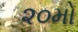
૨૦મો